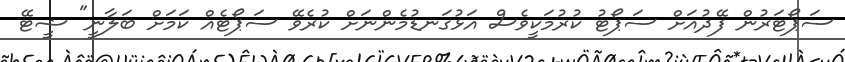
ސަޕޯޓަރުން ފޭދުއަށް ސަޕޯޓު ކުރުމަކީވެސް އަޅުގަނޑުމެންނަށް ކުރެވޭ ސަޕޯޓެއް ކަމަށް ބަލާނީ" ޝީޓޭ